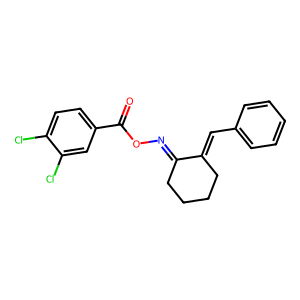
SMILES: O=C(ON=C1CCCCC1=Cc1ccccc1)c1ccc(Cl)c(Cl)c1
Inhibits HIV replication: No